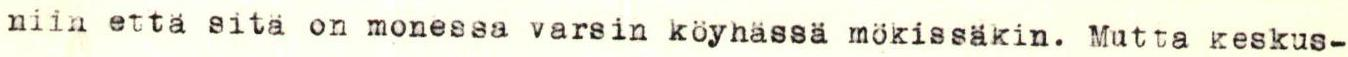
niin että sitä on monessa varsin köyhässä mökissäkin. Mutta keskus-